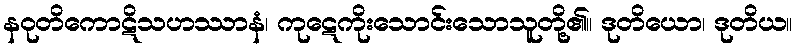
နဝုတိကောဋိသဟဿာနံ၊ ကုဋေကိုးသောင်းသောသူတို့၏။ ဒုတိယော၊ ဒုတိယ။